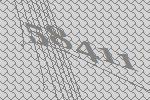
58411